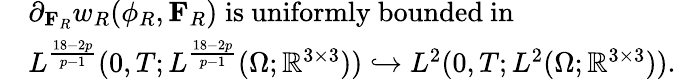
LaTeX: \begin{array}{rl}&{\partial_{\mathbf{F}_{R}}w_{R}(\phi_{R},\mathbf{F}_{R})\; \mathrm{is~uniformly~bounded~in}\; }\\ &{L^{\frac{18-2p}{p-1}}(0,T;L^{\frac{18-2p}{p-1}}(\Omega;\mathbb{R}^{3\times 3}))\hookrightarrow L^{2}(0,T;L^{2}(\Omega;\mathbb{R}^{3\times 3})).}\end{array}